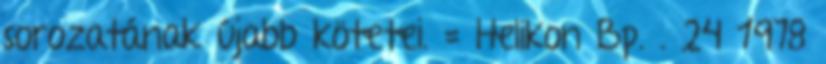
sorozatának újabb kötetei. = Helikon Bp. . 24 1978